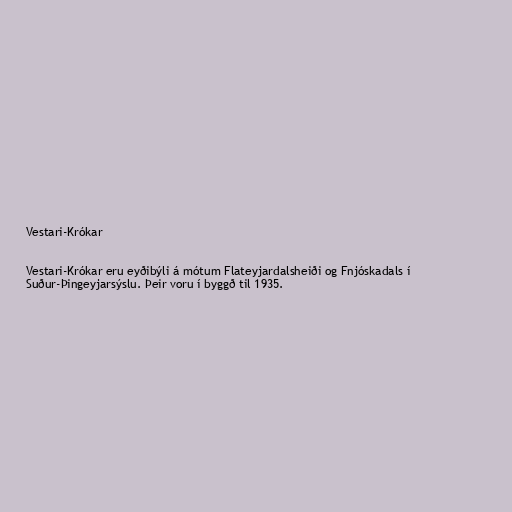
Vestari-Krókar

Vestari-Krókar eru eyðibýli á mótum Flateyjardalsheiði og Fnjóskadals í
Suður-Þingeyjarsýslu. Þeir voru í byggð til 1935.